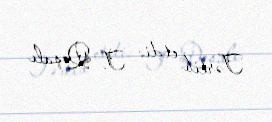
Tərtib etdi: T. Qoşalı